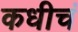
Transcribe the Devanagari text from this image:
कधीचं